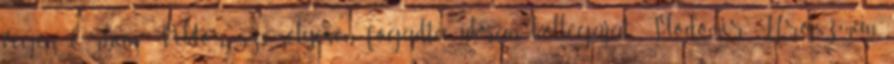
végén Orbán Viktor személyesen fogadta ukrán kollégáját, Vlodomir Hrojszman